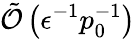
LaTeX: \tilde{\mathcal{O}}\left(\epsilon^{-1}p_{0}^{-1}\right)